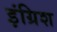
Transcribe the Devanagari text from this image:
इंग्रिश